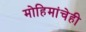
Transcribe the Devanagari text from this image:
मोहिमांचेही